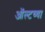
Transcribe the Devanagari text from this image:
ऑल्टच्या